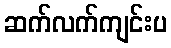
ဆက်လက်ကျင်းပ